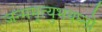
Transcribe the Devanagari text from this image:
जन्ममृत्युभयघ्नो